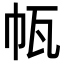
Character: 㼙